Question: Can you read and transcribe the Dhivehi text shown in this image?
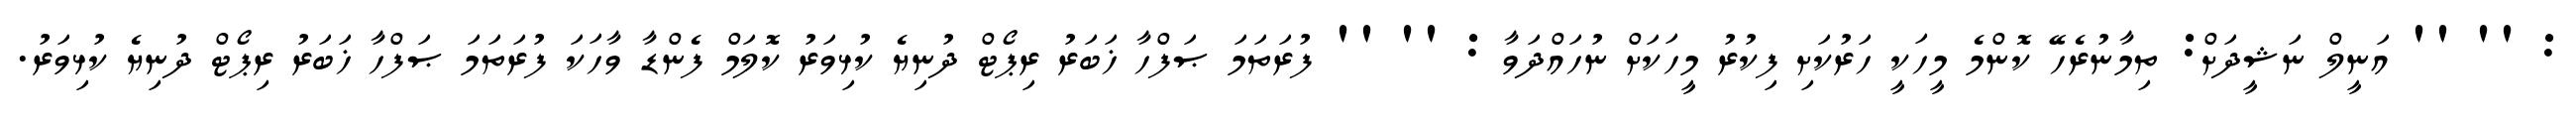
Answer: : '' '' އަނީލް ނަޝީދަށް: ތިމާނުރެހޭ ކޮންމެ މީހަކީ ހަރުކަށި ފިކުރު މީހަކަށް ނުހައްދަވާ : '' '' ފުރަތަމަ ޞަފްހާ ޚަބަރު ރިޕޯޓް ދުނިޔެ ކުޅިވަރު ކޮލަމް ފެންޑާ ވާހަކަ ފުރަތަމަ ޞަފްހާ ޚަބަރު ރިޕޯޓް ދުނިޔެ ކުޅިވަރު.